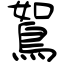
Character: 鴽